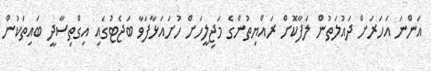
އަންނަ އަހަރަށް ދައުލަތުން ލަފާކޮށް ރައްޔިތުންގެ މަޖިލީހަށް ހުށައަޅާފަވާ ބަޖެޓުގައި އިގްތިސާދީ ބައިތަކުން